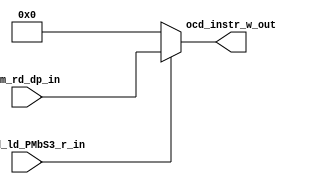

// File generated by Go version U-2022.12#33f3808fcb#221128, Thu Jan 25 16:08:15 2024
// Copyright 2014-2022 Synopsys, Inc. All rights reserved.
// go -I../lib -F -DSYNTHESIS_NO_UNGROUP -D__tct_patch__=0 -Verilog -otrv32p3_cnn_vlog -cgo_options.cfg -Itrv32p3_cnn_vlog/tmp_pdg -updg -updg_controller trv32p3_cnn



`timescale 1ns/1ps

// module mux_ocd_instr_w : mux_ocd_instr_w
module mux_ocd_instr_w
  ( input             __ocd_ld_PMbS3_r_in, // bool
    input      [31:0] pm_rd_dp_in, // iword
    output reg [31:0] ocd_instr_w_out // iword
  );


  always @ (*)

  begin : p_mux_ocd_instr_w

    ocd_instr_w_out = 32'h0;

    // (ocd_instr_w_copy0_pm_rd___ocd_ld_PMbS3_r_S3_alw)
    if (__ocd_ld_PMbS3_r_in)
    begin
      // [ocd.n:89]
      ocd_instr_w_out = pm_rd_dp_in;
    end

  end

endmodule